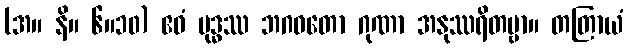
(အ။ နိ။ ၆။၁၀) ဧဝံ ဗုဒ္ဓဿ ဘဂဝတော ဂုဏာ အနုဿရိတဗ္ဗာ။ တတြာယံ